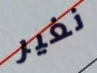
نغير